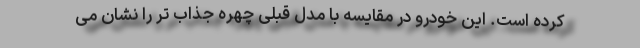
کرده است. این خودرو در مقایسه با مدل قبلی چهره جذاب تر را نشان می